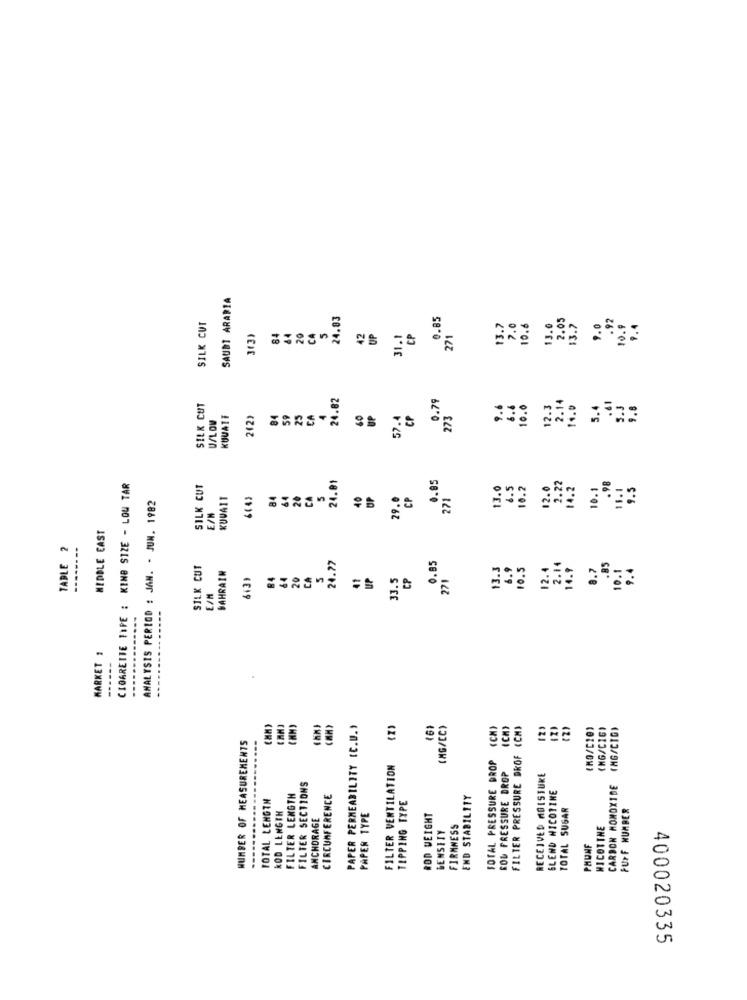
SAUDI ARABIA
24.83
0.85
2.05
.92
SILK CUT
84
5
13.7
7.0
10.6
13.0
3.7
9.0
10.9
7.4
3(3)
20
CA
42
UP
CP
271
24.82
0.79
SILK CUT
6.6
10.0
12.3
2.14
14.0
5.4
.61
5.3
9.8
U/LOW
KUVATE
84
59
23
CA
UP
57.4
CP
273
24.01
0.85
CIGARETTE TYPE : KING SIZE - LOU TAR
SILK CUT
13.0
4.5
10.2
12.0
2.22
14.2
10.1
.98
15.1
9.5
KUWAIT
84
64
20
CA
5
40
29.0
CP
271
ANALYSIS PERIGO : JAN. - JUN. 1982
E/W
MIDDLE EAST
TABLE 2
-------
24.77
0.85
SILK CUT
13.3
6.9
10.5
12.4
2.11
14.9
8.7
.85
10.1
BAHRAIN
64
20
CA
S
41
UP
CP
271
33.5
E/M
MARKET 1
PAPER PERMEABILITY (C.D .,
(6)
(MG/CC)
ICHY
FILTER PRESSURE DROF (CM)
(2)
(NO/C20)
(MG/CIG)
(MG/CIG)
NUMBER OF MEASUREMENTS
TOTAL PRESSURE DROP
FILTER VENTILATION
ROU PRESSURE DROP
RECEIVED MOISTURE
FILTER SECTIONS
CARBON MONOXIDE
TOTAL LENGTH
FILTER LENGTH
CIRCUMFERENCE
END STABILITY
BLEND NICOTINE
TIPPING TYPE
TOTAL SUGAR
FUFF NUMBER
KOD LENGTH
ANCHORAGE
PAPER TYPE
ROD WEIGHT
DENSITY
FIRMNESS
NICOTINE
PHUNF
400020335